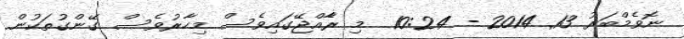
ނޮވެމްބަރު 13